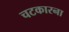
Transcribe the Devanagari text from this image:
चटकारना